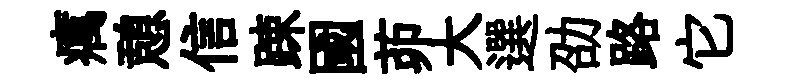
癘憩信踈國茆大選劭路它